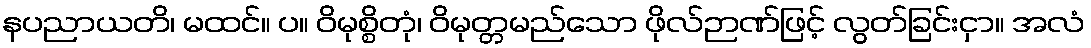
နပညာယတိ၊ မထင်။ ပ။ ဝိမုစ္စိတုံ၊ ဝိမုတ္တမည်သော ဖိုလ်ဉာဏ်ဖြင့် လွတ်ခြင်းငှာ။ အလံ